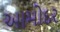
આમોદર